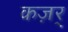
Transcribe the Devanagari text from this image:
कज़र्